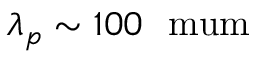
\lambda _ { p } \sim 1 0 0 ~ \mathrm { \ m u m }